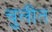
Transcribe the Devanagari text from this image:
चुलीत